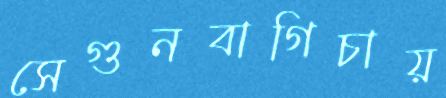
সেগুনবাগিচায়